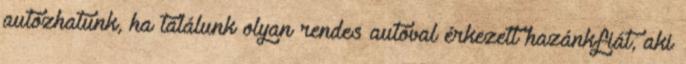
autózhatunk, ha találunk olyan rendes autóval érkezett hazánkfiát, aki